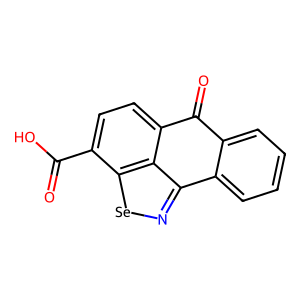
SMILES: O=C(O)c1ccc2c3c(n[se]c13)-c1ccccc1C2=O
Inhibits HIV replication: No